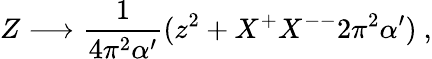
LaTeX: Z\longrightarrow\frac{1}{4\pi^{2}\alpha^{\prime}}(z^{2}+X^{+}X^{--}2\pi^{2}\alpha^{\prime})\ ,